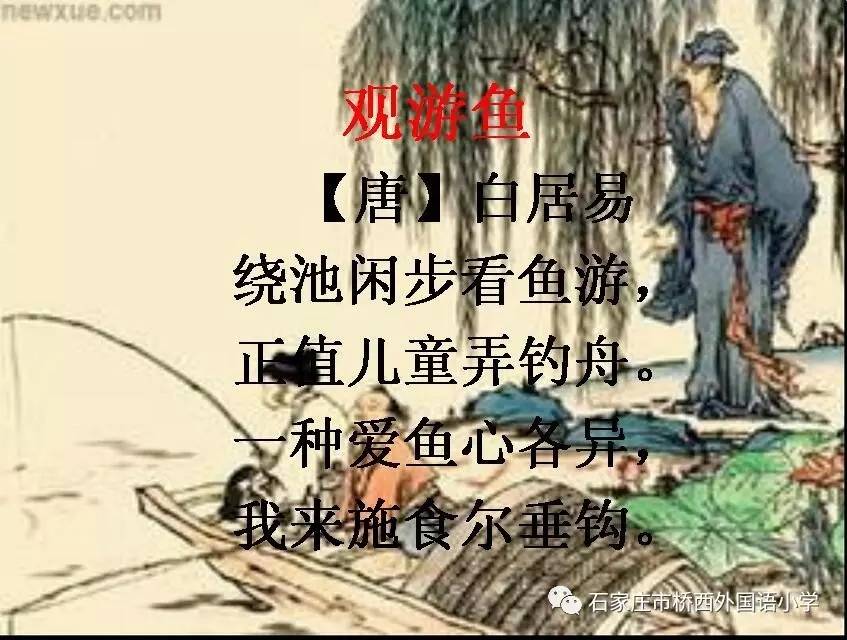
重重叠叠上瑶台，几度呼童扫不开。